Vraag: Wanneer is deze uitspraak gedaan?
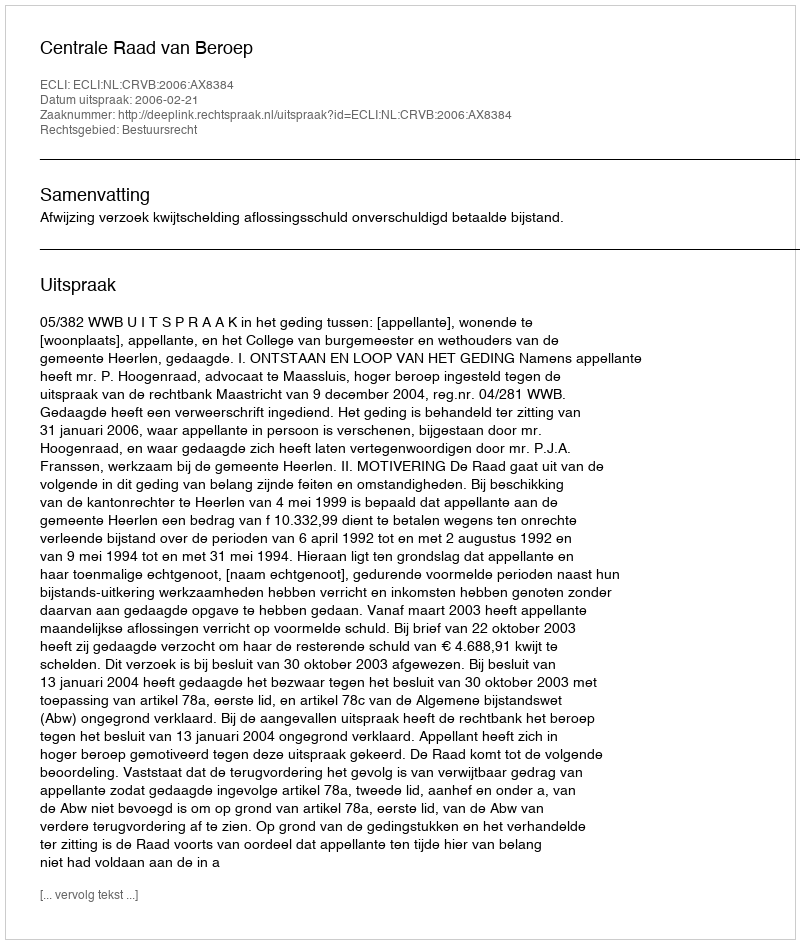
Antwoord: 2006-02-21